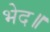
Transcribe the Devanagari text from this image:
भेद॥